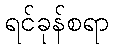
ရင်ခုန်စရာ